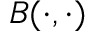
B ( \cdot , \cdot )